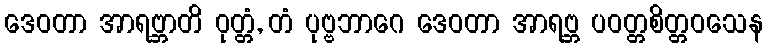
ဒေဝတာ အာရဗ္ဘာတိ ဝုတ္တံ, တံ ပုဗ္ဗဘာဂေ ဒေဝတာ အာရဗ္ဘ ပဝတ္တစိတ္တဝသေန